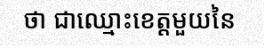
ថា ជាឈ្មោះខេត្តមួយនៃ